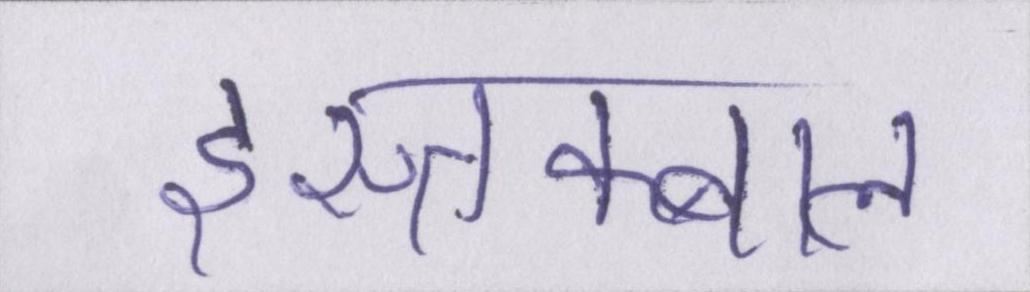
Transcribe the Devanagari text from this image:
इस्तक्बाल